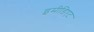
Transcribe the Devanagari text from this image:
इमीडिएट